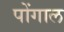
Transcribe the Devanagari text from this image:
पोंगाल